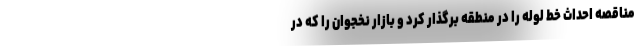
مناقصه احداث خط لوله را در منطقه برگذار کرد و بازار نخجوان را که در